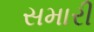
સમારી